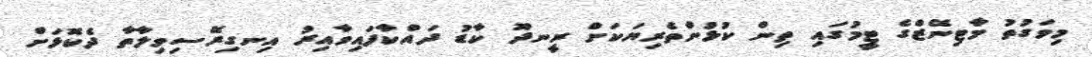
މިވަގުތު މާޓިނޭޒްގެ ޓީމުގައި ތިން ކުޅުންތެރިޔަކަށް ރީނދޫ ކާޑު ދައްކާފައިވާއިރު އިނގިރޭސިވިލާތާ ދެކޮޅަށް